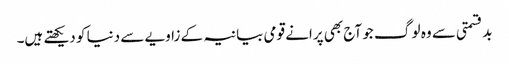
بدقسمتی سے وہ لو گ جو آج بھی پرانے قومی بیانیہ کے زاویے سے دنیا کو دیکھتے ہیں۔